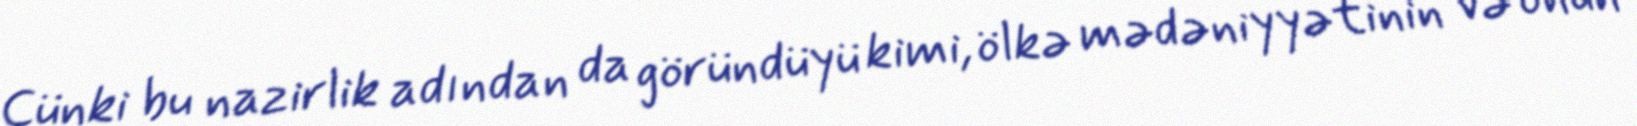
Çünki bu nazirlik adından da göründüyü kimi, ölkə mədəniyyətinin və onun